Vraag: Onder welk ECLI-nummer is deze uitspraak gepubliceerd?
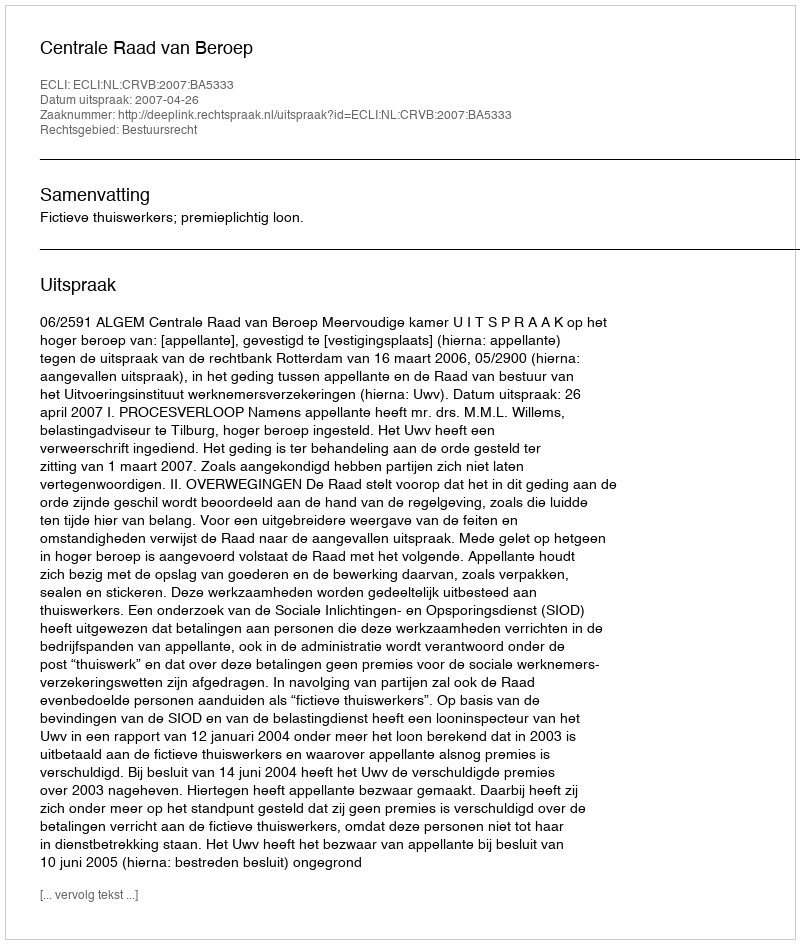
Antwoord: ECLI:NL:CRVB:2007:BA5333